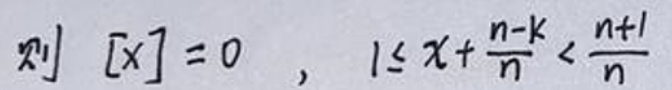
则$  [x]=0 \quad,\quad 1\leq x+\frac{n - k}{n}<\frac{n + 1}{n}$